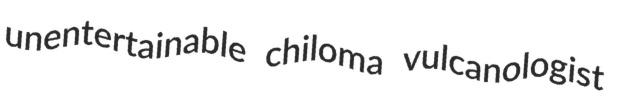
unentertainable chiloma vulcanologist